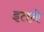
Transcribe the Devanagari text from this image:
इतने